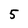
Character: 5